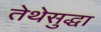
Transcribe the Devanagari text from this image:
तेथेसुद्धा